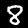
Digit: 8